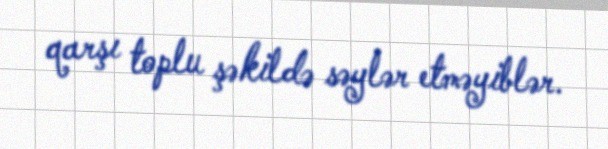
qarşı toplu şəkildə səylər etməyiblər.